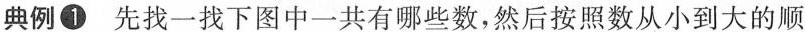
典例①先找一找下图中一共有哪些数，然后按照数从小到大的顺